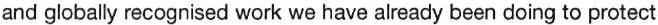
and globally recognised work we have already been doing to protect